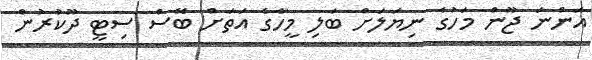
އަންނަ ޖޫން މަހުގެ ނިޔަލަށް ބަލި މީހާގެ އަތަށް ބޭސް ސިޓީ ދޫކުރުން